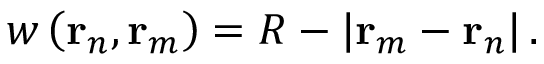
w \left( \mathbf { r } _ { n } , \mathbf { r } _ { m } \right) = R - \left| \mathbf { r } _ { m } - \mathbf { r } _ { n } \right| .